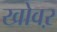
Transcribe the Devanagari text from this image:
खोवऱ